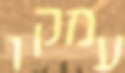
עמקו